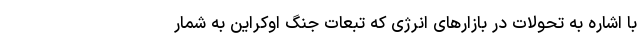
با اشاره به تحولات در بازارهای انرژی که تبعات جنگ اوکراین به شمار